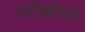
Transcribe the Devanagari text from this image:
परीक्षोत्तर